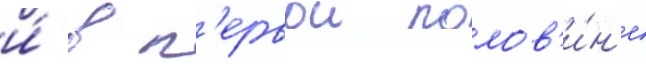
и́ в п'ервои полов'и́н'е